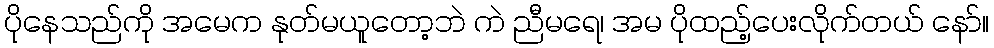
ပိုနေသည်ကို အမေက နုတ်မယူတော့ဘဲ ကဲ ညီမရေ၊ အမ ပိုထည့်ပေးလိုက်တယ် နော်။